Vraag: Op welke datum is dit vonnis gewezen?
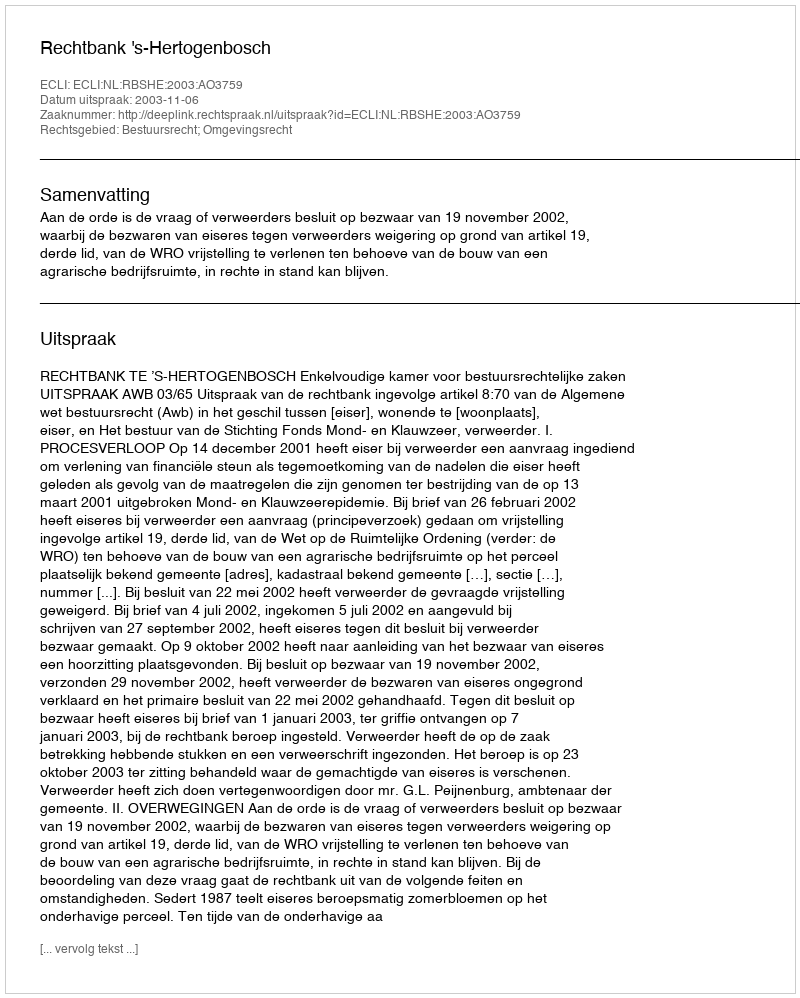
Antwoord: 2003-11-06